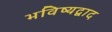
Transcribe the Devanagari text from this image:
भविष्यद्वाद